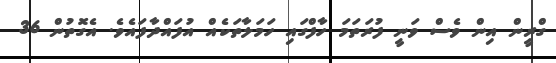
ގްރީން އިން ވެސް ވަނީ ފުރަތަމަ ހާފްގައި ހަމަލާތަކެއް އުފައްދާފައެވެ. އެގޮތުން 36